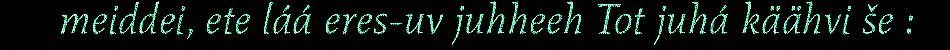
meiddei, ete láá eres-uv juhheeh Tot juhá käähvi še :